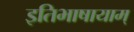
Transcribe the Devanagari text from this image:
इतिभाषायाम्‌